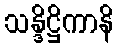
သန္ဒိဋ္ဌိကာနိ